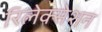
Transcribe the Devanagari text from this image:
रिलेक्सेशन